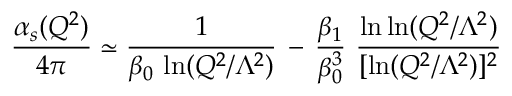
\frac { \alpha _ { s } ( Q ^ { 2 } ) } { 4 \pi } \simeq \frac { 1 } { \beta _ { 0 } \, \ln ( Q ^ { 2 } / \Lambda ^ { 2 } ) } \, - \, \frac { \beta _ { 1 } } { \beta _ { 0 } ^ { 3 } } \, \, \frac { \ln \ln ( Q ^ { 2 } / \Lambda ^ { 2 } ) } { [ \ln ( Q ^ { 2 } / \Lambda ^ { 2 } ) ] ^ { 2 } }